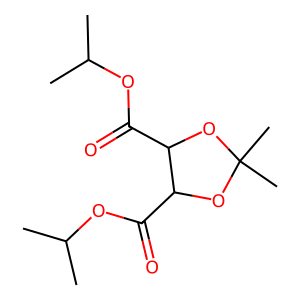
SMILES: CC(C)OC(=O)C1OC(C)(C)OC1C(=O)OC(C)C
Inhibits HIV replication: No